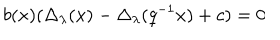
LaTeX: b ( x ) ( \Delta _ { \lambda } ( x ) - \Delta _ { \lambda } ( q ^ { - 1 } x ) + c ) = 0